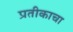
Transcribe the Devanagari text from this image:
प्रतीकाचा